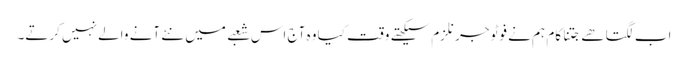
اب لگتا ھے جتنا کام ہم نے فوٹو جرنلزم سیکھتے وقت کیا وہ آج اس شعبے میں نئے آنے والے نہیں کرتے۔